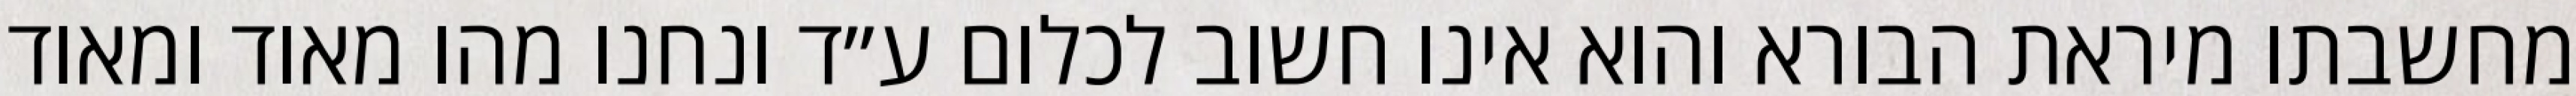
מחשבתו מיראת הבורא והוא אינו חשוב לכלום ע״ד ונחנו מהו מאוד ומאוד